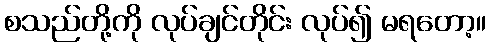
စသည်တို့ကို လုပ်ချင်တိုင်း လုပ်၍ မရတော့။